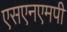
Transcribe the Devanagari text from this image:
एसएनएमपी